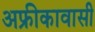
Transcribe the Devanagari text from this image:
अफ्रीकावासी